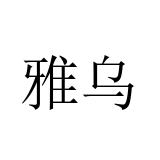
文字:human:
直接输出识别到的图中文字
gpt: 雅乌